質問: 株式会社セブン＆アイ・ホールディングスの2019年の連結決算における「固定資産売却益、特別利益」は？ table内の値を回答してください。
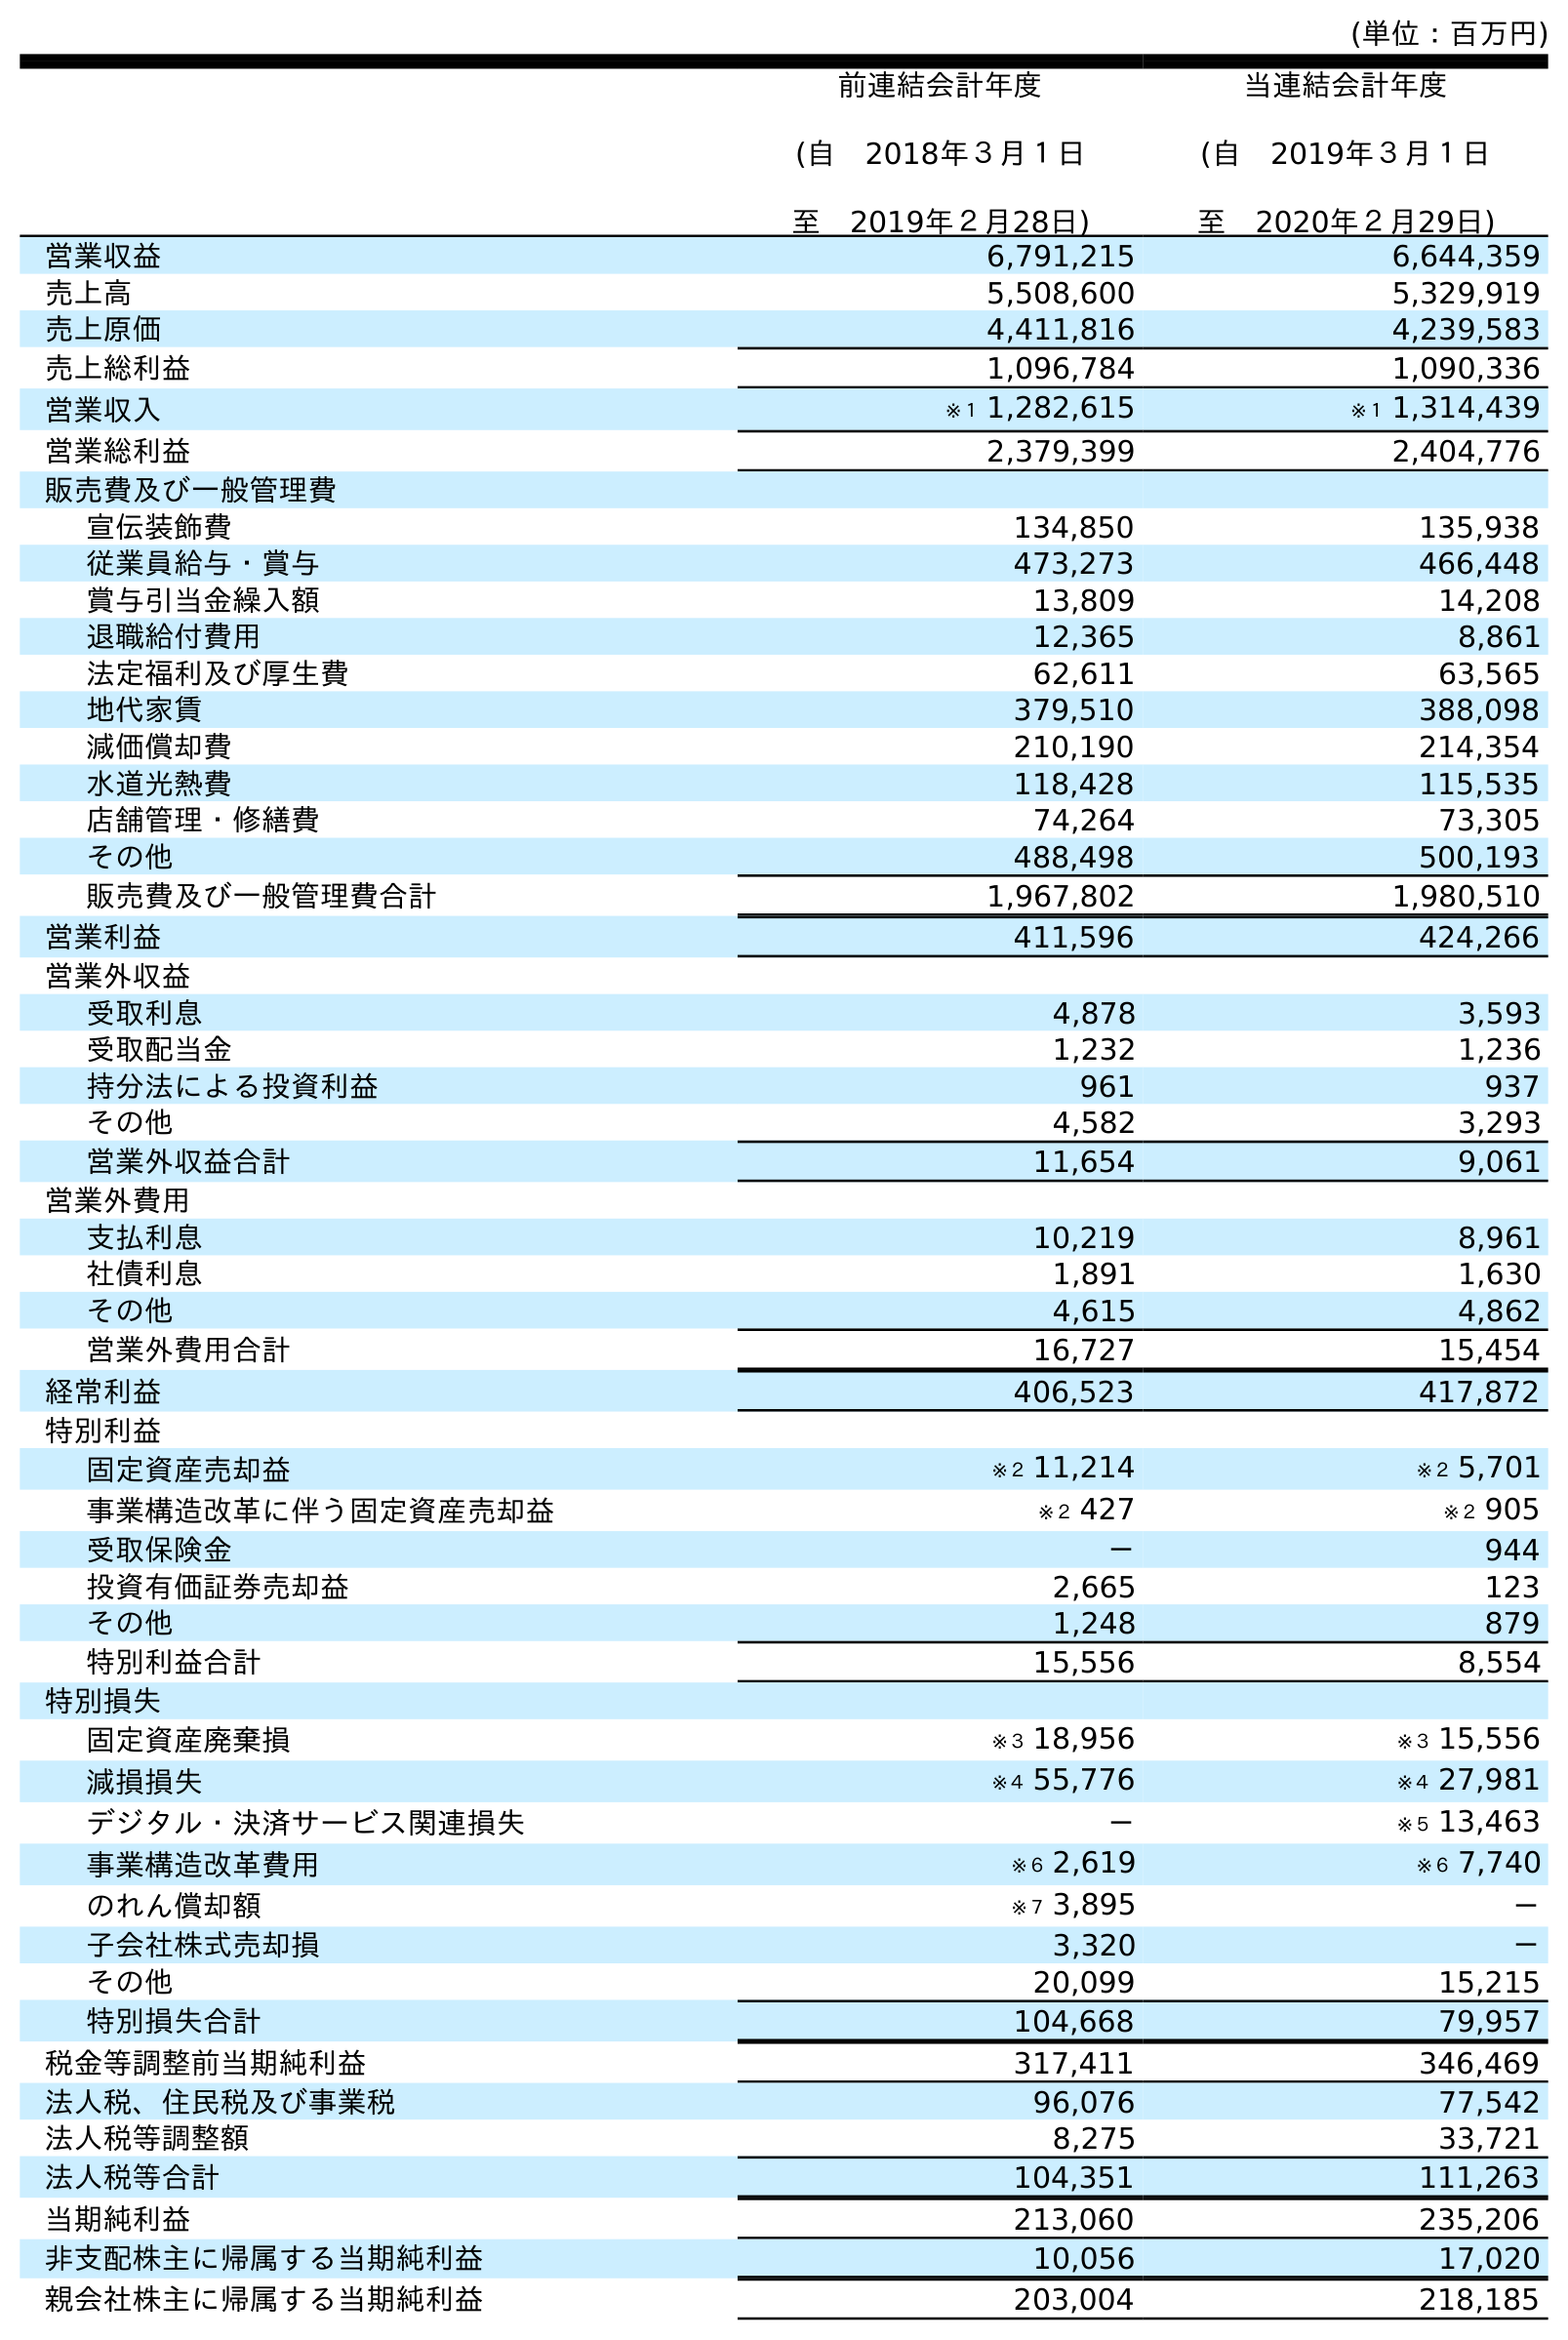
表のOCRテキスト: (単位：百万円) 前連結会計年度 (自 2018年３月１日 至 2019年２月28日) 当連結会計年度 (自 2019年３月１日 至 2020年２月29日) 営業収益 6,791,215 6,644,359 売上高 5,508,600 5,329,919 売上原価 4,411,816 4,239,583 売上総利益 1,096,784 1,090,336 営業収入 ※１ 1,282,615 ※１ 1,314,439 営業総利益 2,379,399 2,404,776 販売費及び一般管理費 宣伝装飾費 134,850 135,938 従業員給与・賞与 473,273 466,448 賞与引当金繰入額 13,809 14,208 退職給付費用 12,365 8,861 法定福利及び厚生費 62,611 63,565 地代家賃 379,510 388,098 減価償却費 210,190 214,354 水道光熱費 118,428 115,535 店舗管理・修繕費 74,264 73,305 その他 488,498 500,193 販売費及び一般管理費合計 1,967,802 1,980,510 営業利益 411,596 424,266 営業外収益 受取利息 4,878 3,593 受取配当金 1,232 1,236 持分法による投資利益 961 937 その他 4,582 3,293 営業外収益合計 11,654 9,061 営業外費用 支払利息 10,219 8,961 社債利息 1,891 1,630 その他 4,615 4,862 営業外費用合計 16,727 15,454 経常利益 406,523 417,872 特別利益 固定資産売却益 ※２ 11,214 ※２ 5,701 事業構造改革に伴う固定資産売却益 ※２ 427 ※２ 905 受取保険金 － 944 投資有価証券売却益 2,665 123 その他 1,248 879 特別利益合計 15,556 8,554 特別損失 固定資産廃棄損 ※３ 18,956 ※３ 15,556 減損損失 ※４ 55,776 ※４ 27,981 デジタル・決済サービス関連損失 － ※５ 13,463 事業構造改革費用 ※６ 2,619 ※６ 7,740 のれん償却額 ※７ 3,895 － 子会社株式売却損 3,320 － その他 20,099 15,215 特別損失合計 104,668 79,957 税金等調整前当期純利益 317,411 346,469 法人税、住民税及び事業税 96,076 77,542 法人税等調整額 8,275 33,721 法人税等合計 104,351 111,263 当期純利益 213,060 235,206 非支配株主に帰属する当期純利益 10,056 17,020 親会社株主に帰属する当期純利益 203,004 218,185
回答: ※２11,214